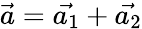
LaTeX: \vec{a}=\vec{a_{1}}+\vec{a_{2}}